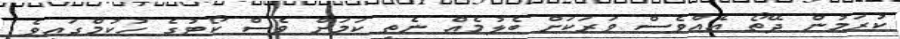
ކުރަމުން ދޭތޯ އެއްވެސް ވަރަކަށް ބެލުމެއް ނެތި ކަމަށް ވެސް ކޯޓުގެ ހުކުމްގައިވެ